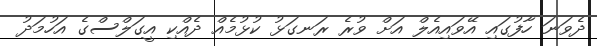
ދެވަނަ ހާފުގައި އޭވައިއެލް އަށް ވުރެ ރަނގަޅު ކުޅުމެއް ދެއްކި އީގަލްސްގެ އަހުމަދު